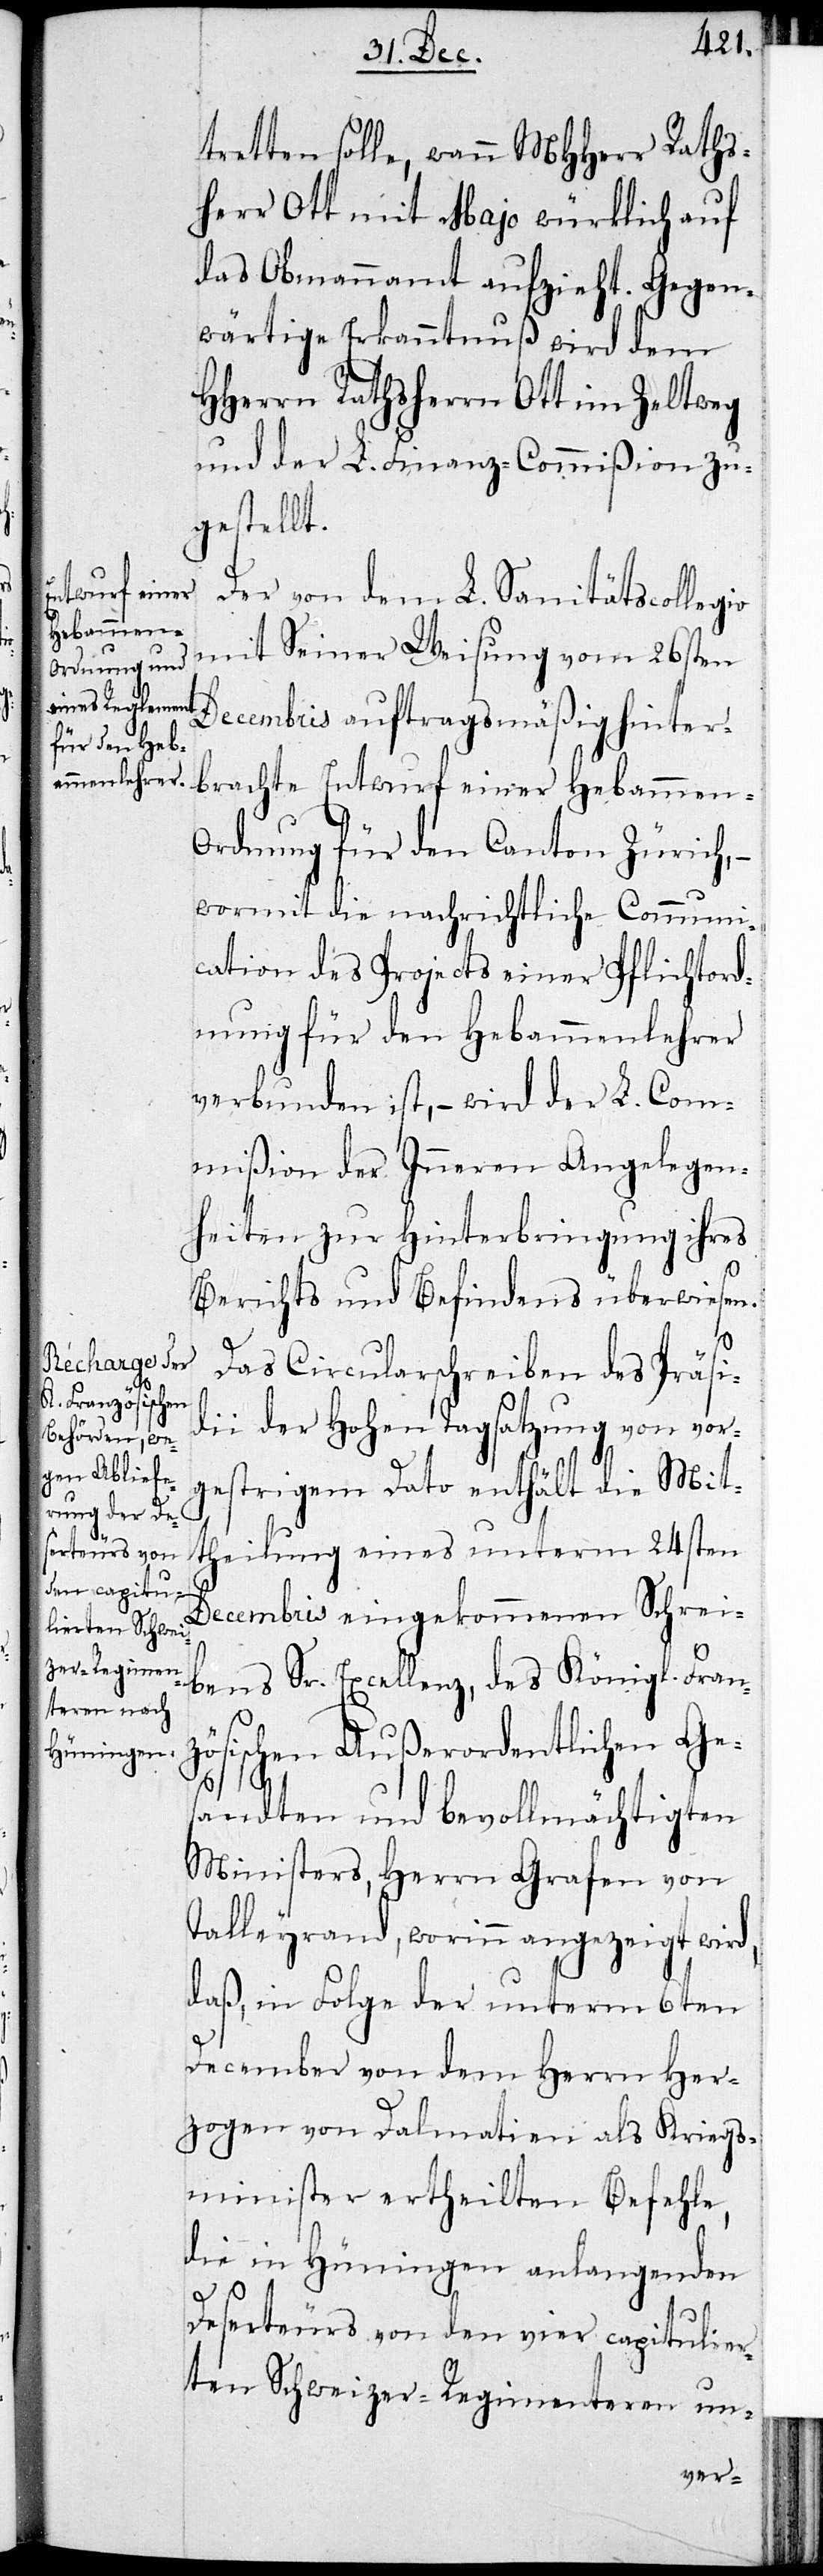
tretten solle, wann MHHerr Raths¬
herr Ott mit Majo würklich auf
das Obmannamt aufzieht. Gegen¬
wärtige Erkanntnuß wird dem
HHerrn Rathsherrn Ott im Zeltweg
und der L. Finanz-Commißion zu¬
gestellt.
Der von dem L. Sanitätscollegio
mit Seiner Weisung vom 26sten
Decembris auftragsmäßige hinter¬
brachte Entwurf einer Hebammen-O¬
rdnung für den Canton Zürich,
wormit die nachrichtliche Communi¬
cation des Projects einer Pflichtord¬
nung für den Hebammenlehrer
verbunden ist, – wird der L. Com¬
mißion der Inneren Angelegen¬
heiten zur Hinterbringung ihres
Berichts und Befindens überwiesen.
Das Circularschreiben des Präsi¬
dii der Hohen Tagsatzung von vor¬
gestrigem Dato enthält die Mit¬
theilung eines unterm 24sten
Decembris eingekommenen Schrei¬
bens Sr. Excellenz, des Königl. Fran¬
zösischen Außerordentlichen Ge¬
sandten und bevollmächtigten
Ministers, Herrn Grafen von
Talleyrand, worinn angezeigt wird,
daß, in Folge der unterm 6ten
December von dem Herrn her¬
zogen von Dalmatien als Kriegs¬
minister ertheilten Befehle,
die in Hüningen anlangenden
Deserteurs von den vier capitulier¬
ten Schweizer-Regimenteren un-